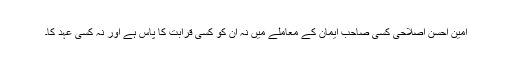
امین احسن اصلاحی کسی صاحب ایمان کے معاملے میں نہ ان کو کسی قرابت کا پاس ہے اور نہ کسی عہد کا۔